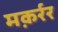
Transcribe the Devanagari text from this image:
मक़र्रर